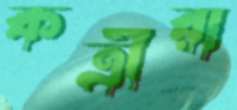
কর্ত্রীরা